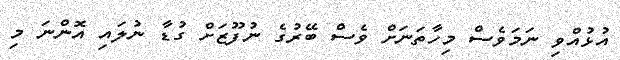
އުޅުއްވި ނަމަވެސް މިހާތަނަށް ވެސް ބޭރުގެ ނުފޫޒަށް ގުޑާ ނުލައި އޮންނަ މި